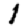
Digit: 1